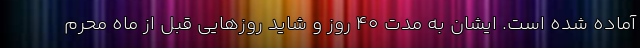
آماده شده است. ایشان به مدت ۴۰ روز و شاید روزهایی قبل از ماه محرم